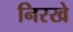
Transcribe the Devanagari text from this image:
निरखे